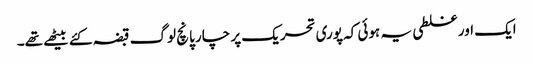
ایک اور غلطی یہ ہوئی کہ پوری تحریک پر چار پانچ لوگ قبضہ کئے بیٹھے تھے۔